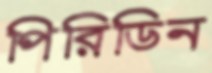
পিরিডিন